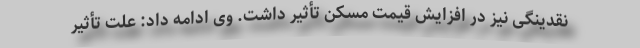
نقدینگی نیز در افزایش قیمت مسکن تأثیر داشت. وی ادامه داد: علت تأثیر